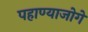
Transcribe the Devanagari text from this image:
पहाण्याजोगे